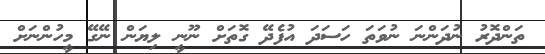
ތަންދޮރު ނުދަންނަ ނުވަތަ ހަސަދަ އުފެދޭ ގޮތަށް ނޫނީ ލިޔަން ނޭގޭ މީހުންނަށް